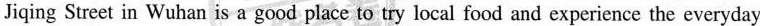
Jiqing Street in Wuhan is a good place to try local food and experience the everyday